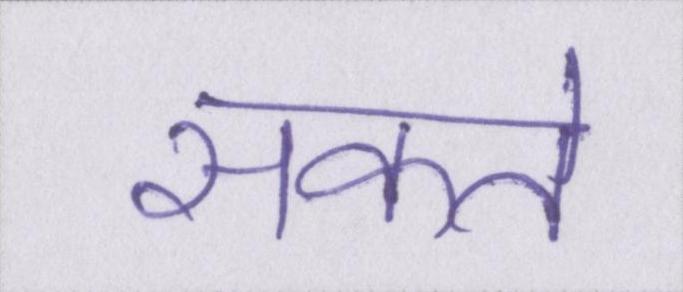
सकते